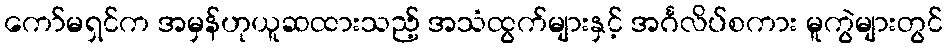
ကော်မရှင်က အမှန်ဟုယူဆထားသည့် အသံထွက်များနှင့် အင်္ဂလိပ်စကား မူကွဲများတွင်